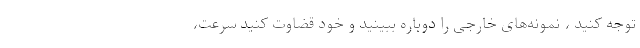
توجه کنید ، نمونه‌های خارجی را دوباره ببینید و خود قضاوت کنید سرعت،